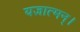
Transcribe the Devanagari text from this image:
यज्ञात्मन्‌।